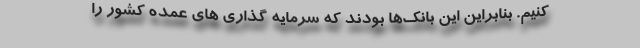
کنیم. بنابراین این بانک‌ها بودند که سرمایه گذاری های عمده کشور را